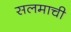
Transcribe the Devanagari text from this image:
सलमाची